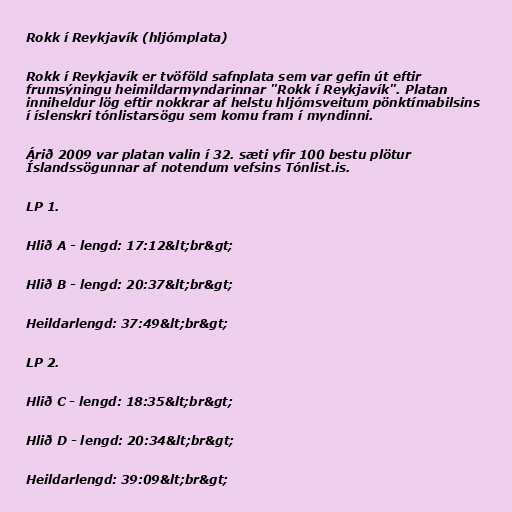
Rokk í Reykjavík (hljómplata)

Rokk í Reykjavík er tvöföld safnplata sem var gefin út eftir
frumsýningu heimildarmyndarinnar "Rokk í Reykjavík". Platan
inniheldur lög eftir nokkrar af helstu hljómsveitum pönktímabilsins
í íslenskri tónlistarsögu sem komu fram í myndinni.

Árið 2009 var platan valin í 32. sæti yfir 100 bestu plötur
Íslandssögunnar af notendum vefsins Tónlist.is.

LP 1.

Hlið A - lengd: 17:12&lt;br&gt;

Hlið B - lengd: 20:37&lt;br&gt;

Heildarlengd: 37:49&lt;br&gt;

LP 2.

Hlið C - lengd: 18:35&lt;br&gt;

Hlið D - lengd: 20:34&lt;br&gt;

Heildarlengd: 39:09&lt;br&gt;